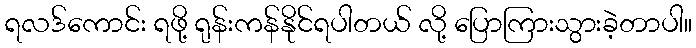
ရလဒ်ကောင်း ရဖို့ ရုန်းကန်နိုင်ရပါတယ် လို့ ပြောကြားသွားခဲ့တာပါ။